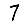
Digit: 7